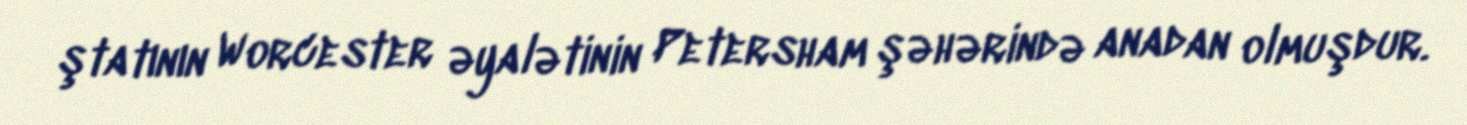
ştatının Worcester əyalətinin Petersham şəhərində anadan olmuşdur.